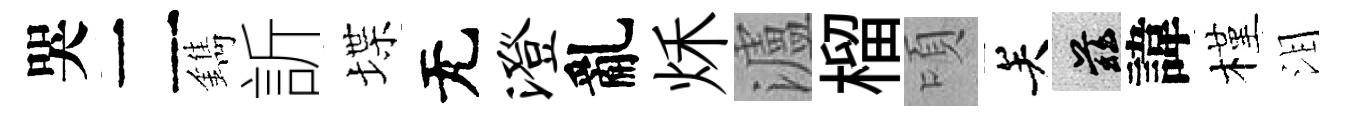
哭二鐫訢堞无澄亂秌瀘榴頃关兹諱槿泪